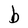
Character: b